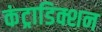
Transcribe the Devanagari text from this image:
कंट्राडिक्शन